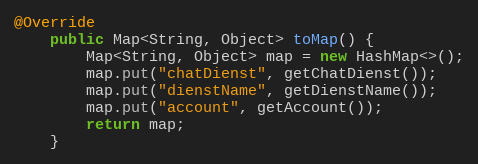
Language: Java
@Override
    public Map<String, Object> toMap() {
        Map<String, Object> map = new HashMap<>();
        map.put("chatDienst", getChatDienst());
        map.put("dienstName", getDienstName());
        map.put("account", getAccount());
        return map;
    }